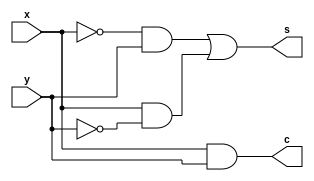
module lab4half(x,y,s,c);                                                                                                              
input x,y;
output s,c;
assign s=(~x&y) |(x&~y);
assign c =x&y;
endmodule